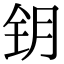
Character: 钥